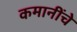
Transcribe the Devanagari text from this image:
कमानींचे